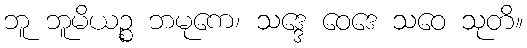
ဘူ ဘူမိယဉ္စ ဘမုကေ၊ သဒ္ဒေ ဝေဒေ သဝေ သုတိ။